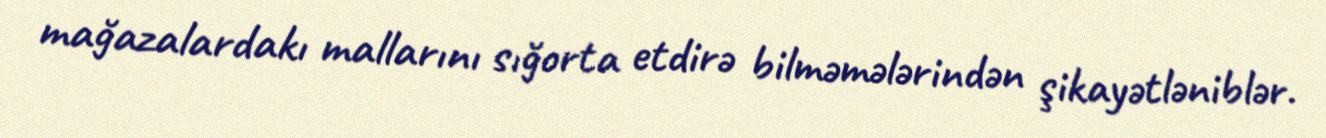
mağazalardakı mallarını sığorta etdirə bilməmələrindən şikayətləniblər.